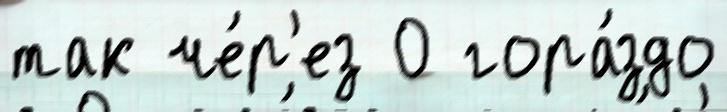
так че́р'ез 0 гора́здо